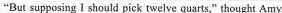
"But supposing I should pick twelve quarts," thought Amy,